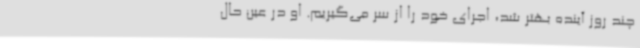
چند روز آینده بهتر شد، اجرای خود را از سر می‌گیریم. او در عین حال